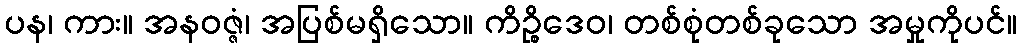
ပန၊ ကား။ အနဝဇ္ဇံ၊ အပြစ်မရှိသော။ ကိဉ္စိဒေဝ၊ တစ်စုံတစ်ခုသော အမှုကိုပင်။